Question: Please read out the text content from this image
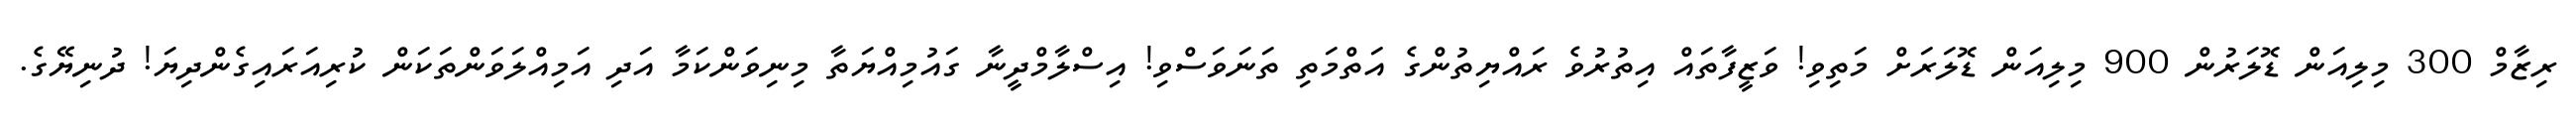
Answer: ރިޒާމް 300 މިލިއަން ޑޮލަރުން 900 މިލިއަން ޑޮލަރަށް މަތިވި! ވަޒީފާތައް އިތުރުވެ ރައްޔިތުންގެ އަތްމަތި ތަނަވަސްވި! އިސްލާމްދީނާ ގައުމިއްޔަތާ މިނިވަންކަމާ އަދި އަމިއްލަވަންތަކަން ކުރިއަރައިގެންދިޔަ! ދުނިޔޭގެ.